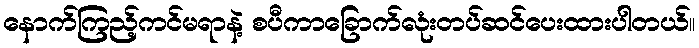
နောက်ကြည့်ကင်မရာနဲ့ စပီကာခြောက်လုံးတပ်ဆင်ပေးထားပါတယ်။